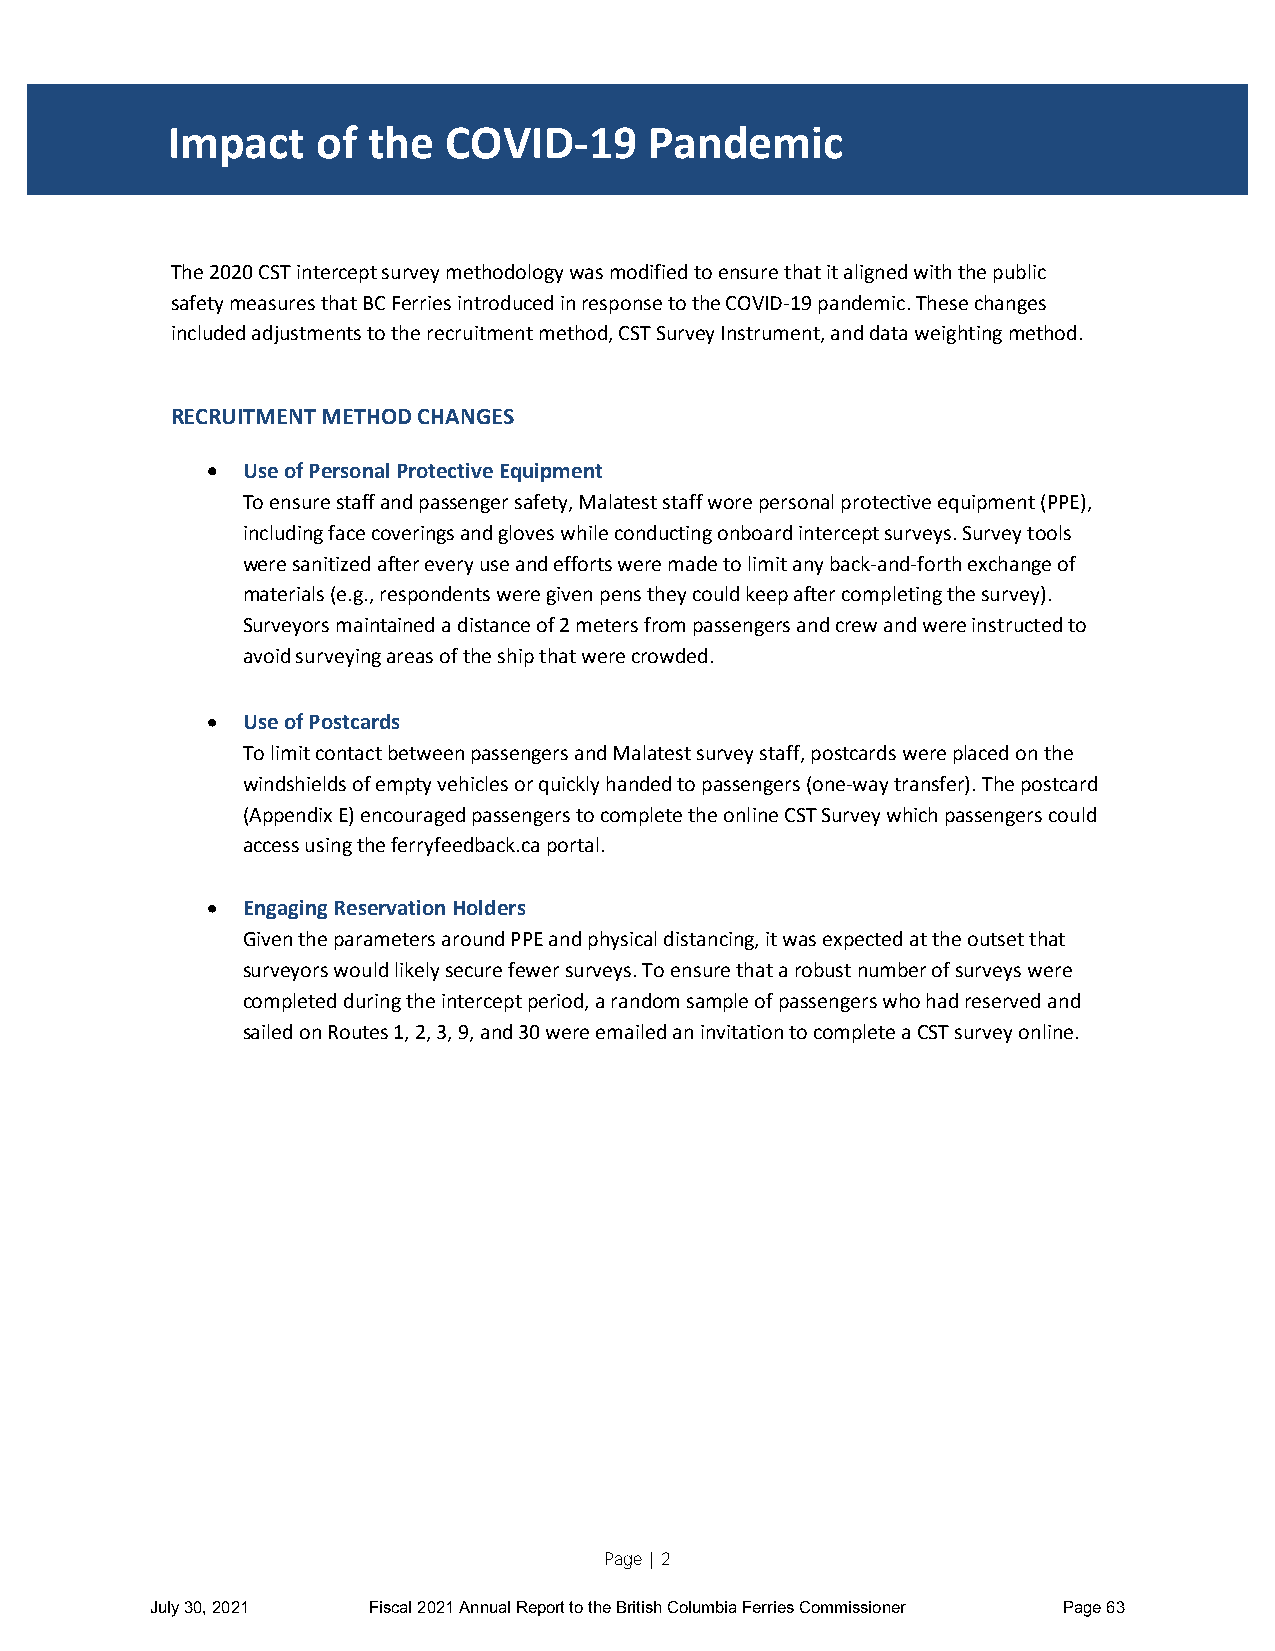
Impact    of the  COVID-19      Pandemic
 IMPACT OF THE COVID-19 PANDEMIC
 The 2020 CST intercept survey methodology was modified to ensure that it aligned with the public
 safety measures that BC Ferries introduced in response to the COVID-19 pandemic. These changes
 included adjustments to the recruitment method, CST Survey Instrument, and data weighting method.
 RECRUITMENT METHOD CHANGES
  Use of Personal Protective Equipment
 To ensure staff and passenger safety, Malatest staff wore personal protective equipment (PPE),
 including face coverings and gloves while conducting onboard intercept surveys. Survey tools
 were sanitized after every use and efforts were made to limit any back-and-forth exchange of
 materials (e.g., respondents were given pens they could keep after completing the survey).
 Surveyors maintained a distance of 2 meters from passengers and crew and were instructed to
 avoid surveying areas of the ship that were crowded.
  Use of Postcards
 To limit contact between passengers and Malatest survey staff, postcards were placed on the
 windshields of empty vehicles or quickly handed to passengers (one-way transfer). The postcard
 (Appendix E) encouraged passengers to complete the online CST Survey which passengers could
 access using the ferryfeedback.ca portal.
  Engaging Reservation Holders
 Given the parameters around PPE and physical distancing, it was expected at the outset that
 surveyors would likely secure fewer surveys. To ensure that a robust number of surveys were
 completed during the intercept period, a random sample of passengers who had reserved and
 sailed on Routes 1, 2, 3, 9, and 30 were emailed an invitation to complete a CST survey online.
 Page | 2
 July 30, 2021 Fiscal 2021 Annual Report to the British Columbia Ferries Commissioner Page 63